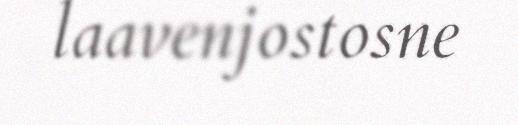
laavenjostosne